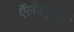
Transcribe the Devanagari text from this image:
ऍलॅक्ट्रॉनों